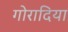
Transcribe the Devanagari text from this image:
गोरादिया